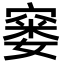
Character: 窭